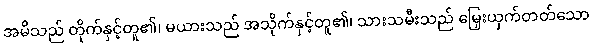
အမိသည် တိုက်နှင့်တူ၏၊ မယားသည် အသိုက်နှင့်တူ၏၊ သားသမီးသည် မြှေးယှက်တတ်သော